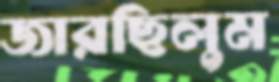
জারছিলুম